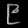
Digit: ၉